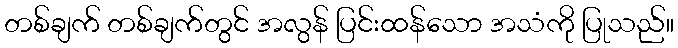
တစ်ချက် တစ်ချက်တွင် အလွန် ပြင်းထန်သော အသံကို ပြုသည်။